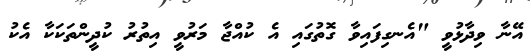
އޭނާ ވިދާޅުވީ "އެނގިފައިވާ ގޮތުގައި އެ ކުއްޖާ މަރުވީ އިތުރު ކުދީންތަކަކާ އެކު